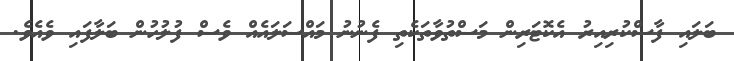
ބަލައި ފާސްކުރިއިރު އެކޮޓަރިން މަސްތުވާތަކެތި ފެނުނު މައްސަލައެއް ވެސް ފުލުހުން ބަލާފައި ވެއެވެ.